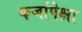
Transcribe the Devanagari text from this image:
कर्जापेक्षा